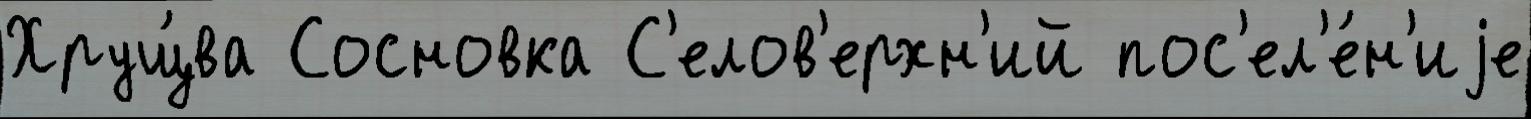
Хрущ́ва Сосновка С'елов'ерхн'ий пос'ел'е́н'иjе